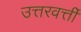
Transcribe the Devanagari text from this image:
उत्तरवर्त्ती